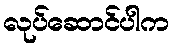
လုပ်ဆောင်ပါက